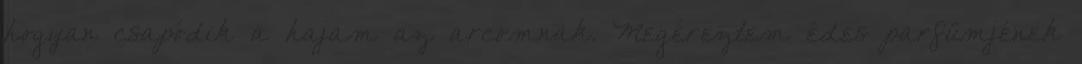
hogyan csapódik a hajam az arcomnak. Megéreztem édes parfümjének